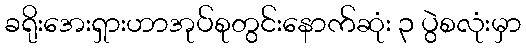
ခရိုးအေးရှားဟာအုပ်စုတွင်းနောက်ဆုံး ၃ ပွဲစလုံးမှာ